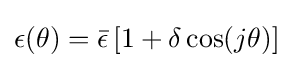
\epsilon (\theta )={\bar {\epsilon }}\left[1+\delta \cos(j\theta )\right]